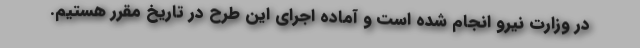
در وزارت نیرو انجام شده است و آماده اجرای این طرح در تاریخ مقرر هستیم.